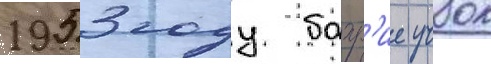
1953 году бахр'ие учок